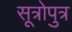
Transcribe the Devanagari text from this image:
सूत्रोपुत्र